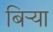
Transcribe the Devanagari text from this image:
बिर्‍या